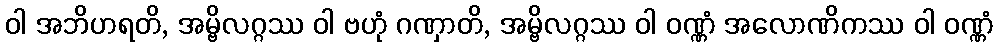
ဝါ အဘိဟရတိ, အမ္ဗိလဂ္ဂဿ ဝါ ဗဟုံ ဂဏှာတိ, အမ္ဗိလဂ္ဂဿ ဝါ ဝဏ္ဏံ အလောဏိကဿ ဝါ ဝဏ္ဏံ